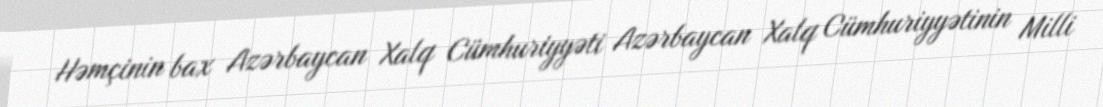
Həmçinin bax Azərbaycan Xalq Cümhuriyyəti Azərbaycan Xalq Cümhuriyyətinin Milli